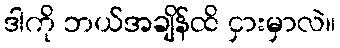
ဒါကို ဘယ်အချိန်ထိ ငှားမှာလဲ။